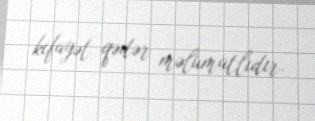
kifayət qədər məlumatlıdır.